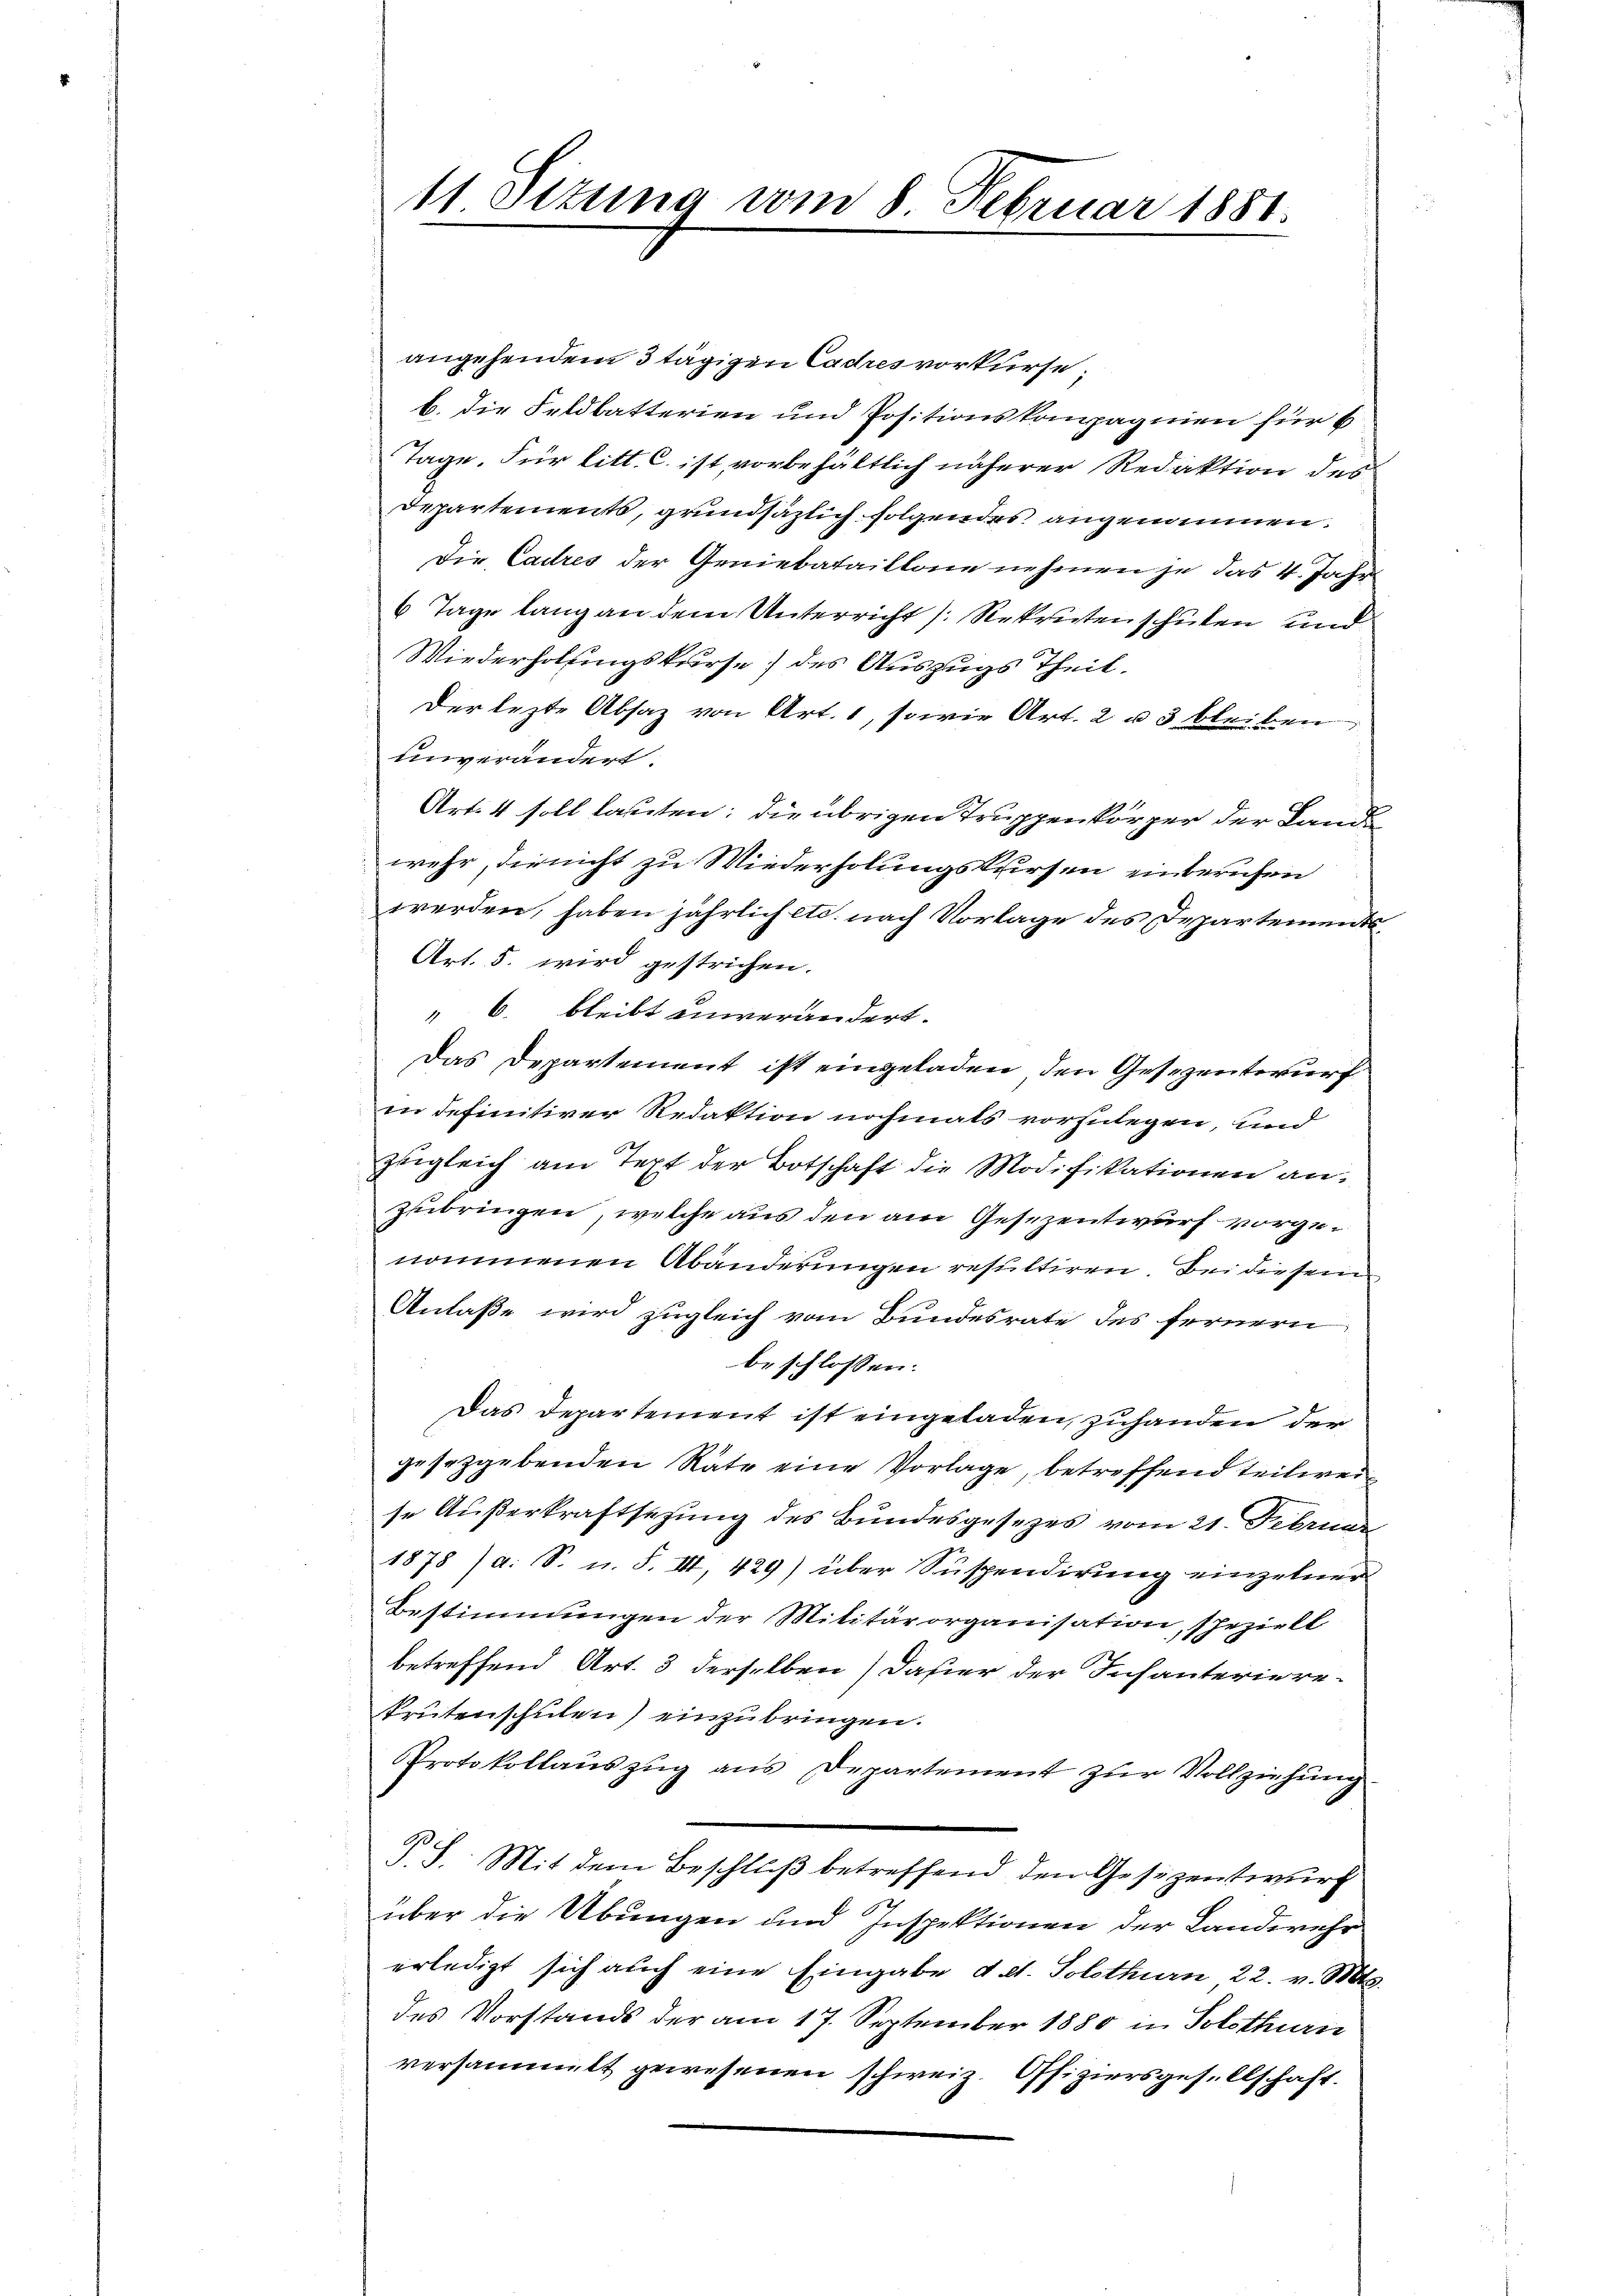
11 Sizung vom 8. Februar 1881.

angehendem 3 tägigen Cadres vorkurse,
b. die Feldbatterien und Positionskompagnien für b
Tage. Für litt. C. ist vorbehältlich näherer Redaktion des
Departements, grundsäzlich folgendes angenommen.
Die Cadres der Geniebataillone nehmen je das 4. Jahr
6 Tage lang an dem Unterricht (Rekruten schulen und
Wiederholungskurse) des Auszugs Theil.
Der lezte Absaz von Art. 1, sowie Art. 2 u 3 bleiben,
unverändert.
Art. 4 soll lauten; die übrigen Truppenkörper der Lande
wehr, die nicht zu Wiederholungskursen einberichen
werden, haben jährlich etc. nach Vorlage des Departements¬
Art. 5. wird gestrichen.
" 6. bleibt einverändert.
Das Departement ist eingeladen, den Gesezentwurf
in definitiver Redaktion nochmals vorzulegen, und
zugleich am Text der Botschaft die Modifikationen an:
zubringen, welche aus den am Gesezentwurf vorgenommenen Abänderungen resultiren. Bei diesem
Anlaße wird zugleich vom Bundesrate des fernern
beschlossen:
Das Departement ist eingeladen, zuhanden der
gesezgebenden Räte eine Vorlage, betreffend teilweise Außerkraftsetzung des Bundesgesezes vom 21. Februar
1878 / a. S. u. F. III, 429) über Suspendirung einzelner
Bestimmungen der Militärorganisation, speziell
betreffend Art. 3 derselben) daher der Infanteriere-
Prütenschulen) einzubringen.
Protokollauszug aus Departement zur Vollziehung
P.S. Mit dem Beschluß betreffend den Gesezentwurf.
über die Übungen und Inspektionen der Landwehr
erledigt sich auch eine Eingabe d. et. Solothurn, 22. v. Mts.
des Vorstands der am 17. September 1880 in Solothurn
versammelt gewesenen schweiz. Offiziersgesellschaft.